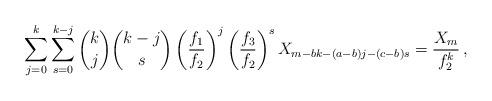
LaTeX: \begin{align*}\sum_{j = 0}^k {\sum_{s = 0}^{k - j} {\binom kj\binom {k-j}s\left( {\frac{{f_1 }}{{f_2 }}} \right)^j \left( {\frac{{f_3 }}{{f_2 }}} \right)^s X_{m - bk - (a - b)j - (c - b)s} } } = \frac{{X_m }}{{f_2 ^k }}\,,\end{align*}